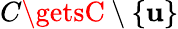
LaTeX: C\getsC\setminus\{ \mathbf{u}\}